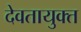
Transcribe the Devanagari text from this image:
देवतायुक्त